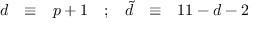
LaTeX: \begin{array} { c c c c c c c } { { d } } & { { \equiv } } & { { p + 1 } } & { { ; } } & { { { \tilde { d } } } } & { { \equiv } } & { { 1 1 - d - 2 } } \end{array}